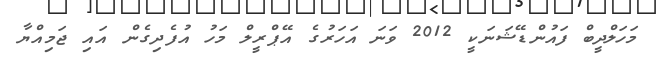
މަހަލްދީބް ފައުންޑޭޝަނަކީ 2012 ވަނަ އަހަރުގެ އޭޕްރީލް މަހު އުފެދިގެން އައި ޖަމިއްޔާ